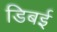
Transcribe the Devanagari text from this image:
डिबई